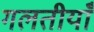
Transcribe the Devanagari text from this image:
गलतीयाँ